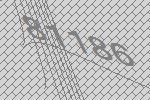
81186